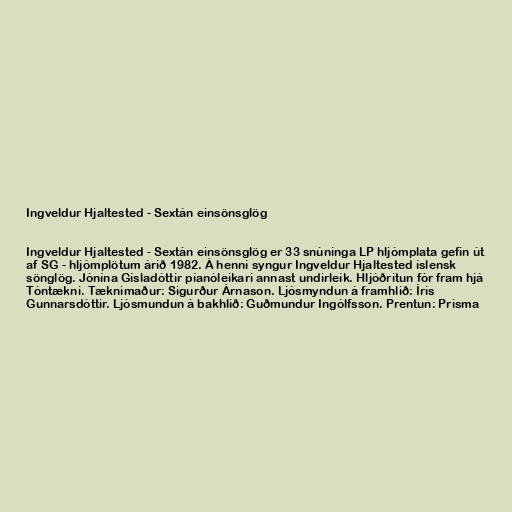
Ingveldur Hjaltested - Sextán einsönsglög

Ingveldur Hjaltested - Sextán einsönsglög er 33 snúninga LP hljómplata gefin út
af SG - hljómplötum árið 1982. Á henni syngur Ingveldur Hjaltested íslensk
sönglög. Jónína Gísladóttir píanóleikari annast undirleik. Hljóðritun fór fram hjá
Tóntækni. Tæknimaður: Sigurður Árnason. Ljósmyndun á framhlið: Íris
Gunnarsdóttir. Ljósmundun á bakhlið: Guðmundur Ingólfsson. Prentun: Prisma